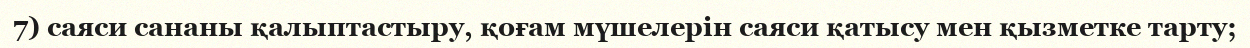
7) саяси сананы қалыптастыру, қоғам мүшелерін саяси қатысу мен қызметке тарту;